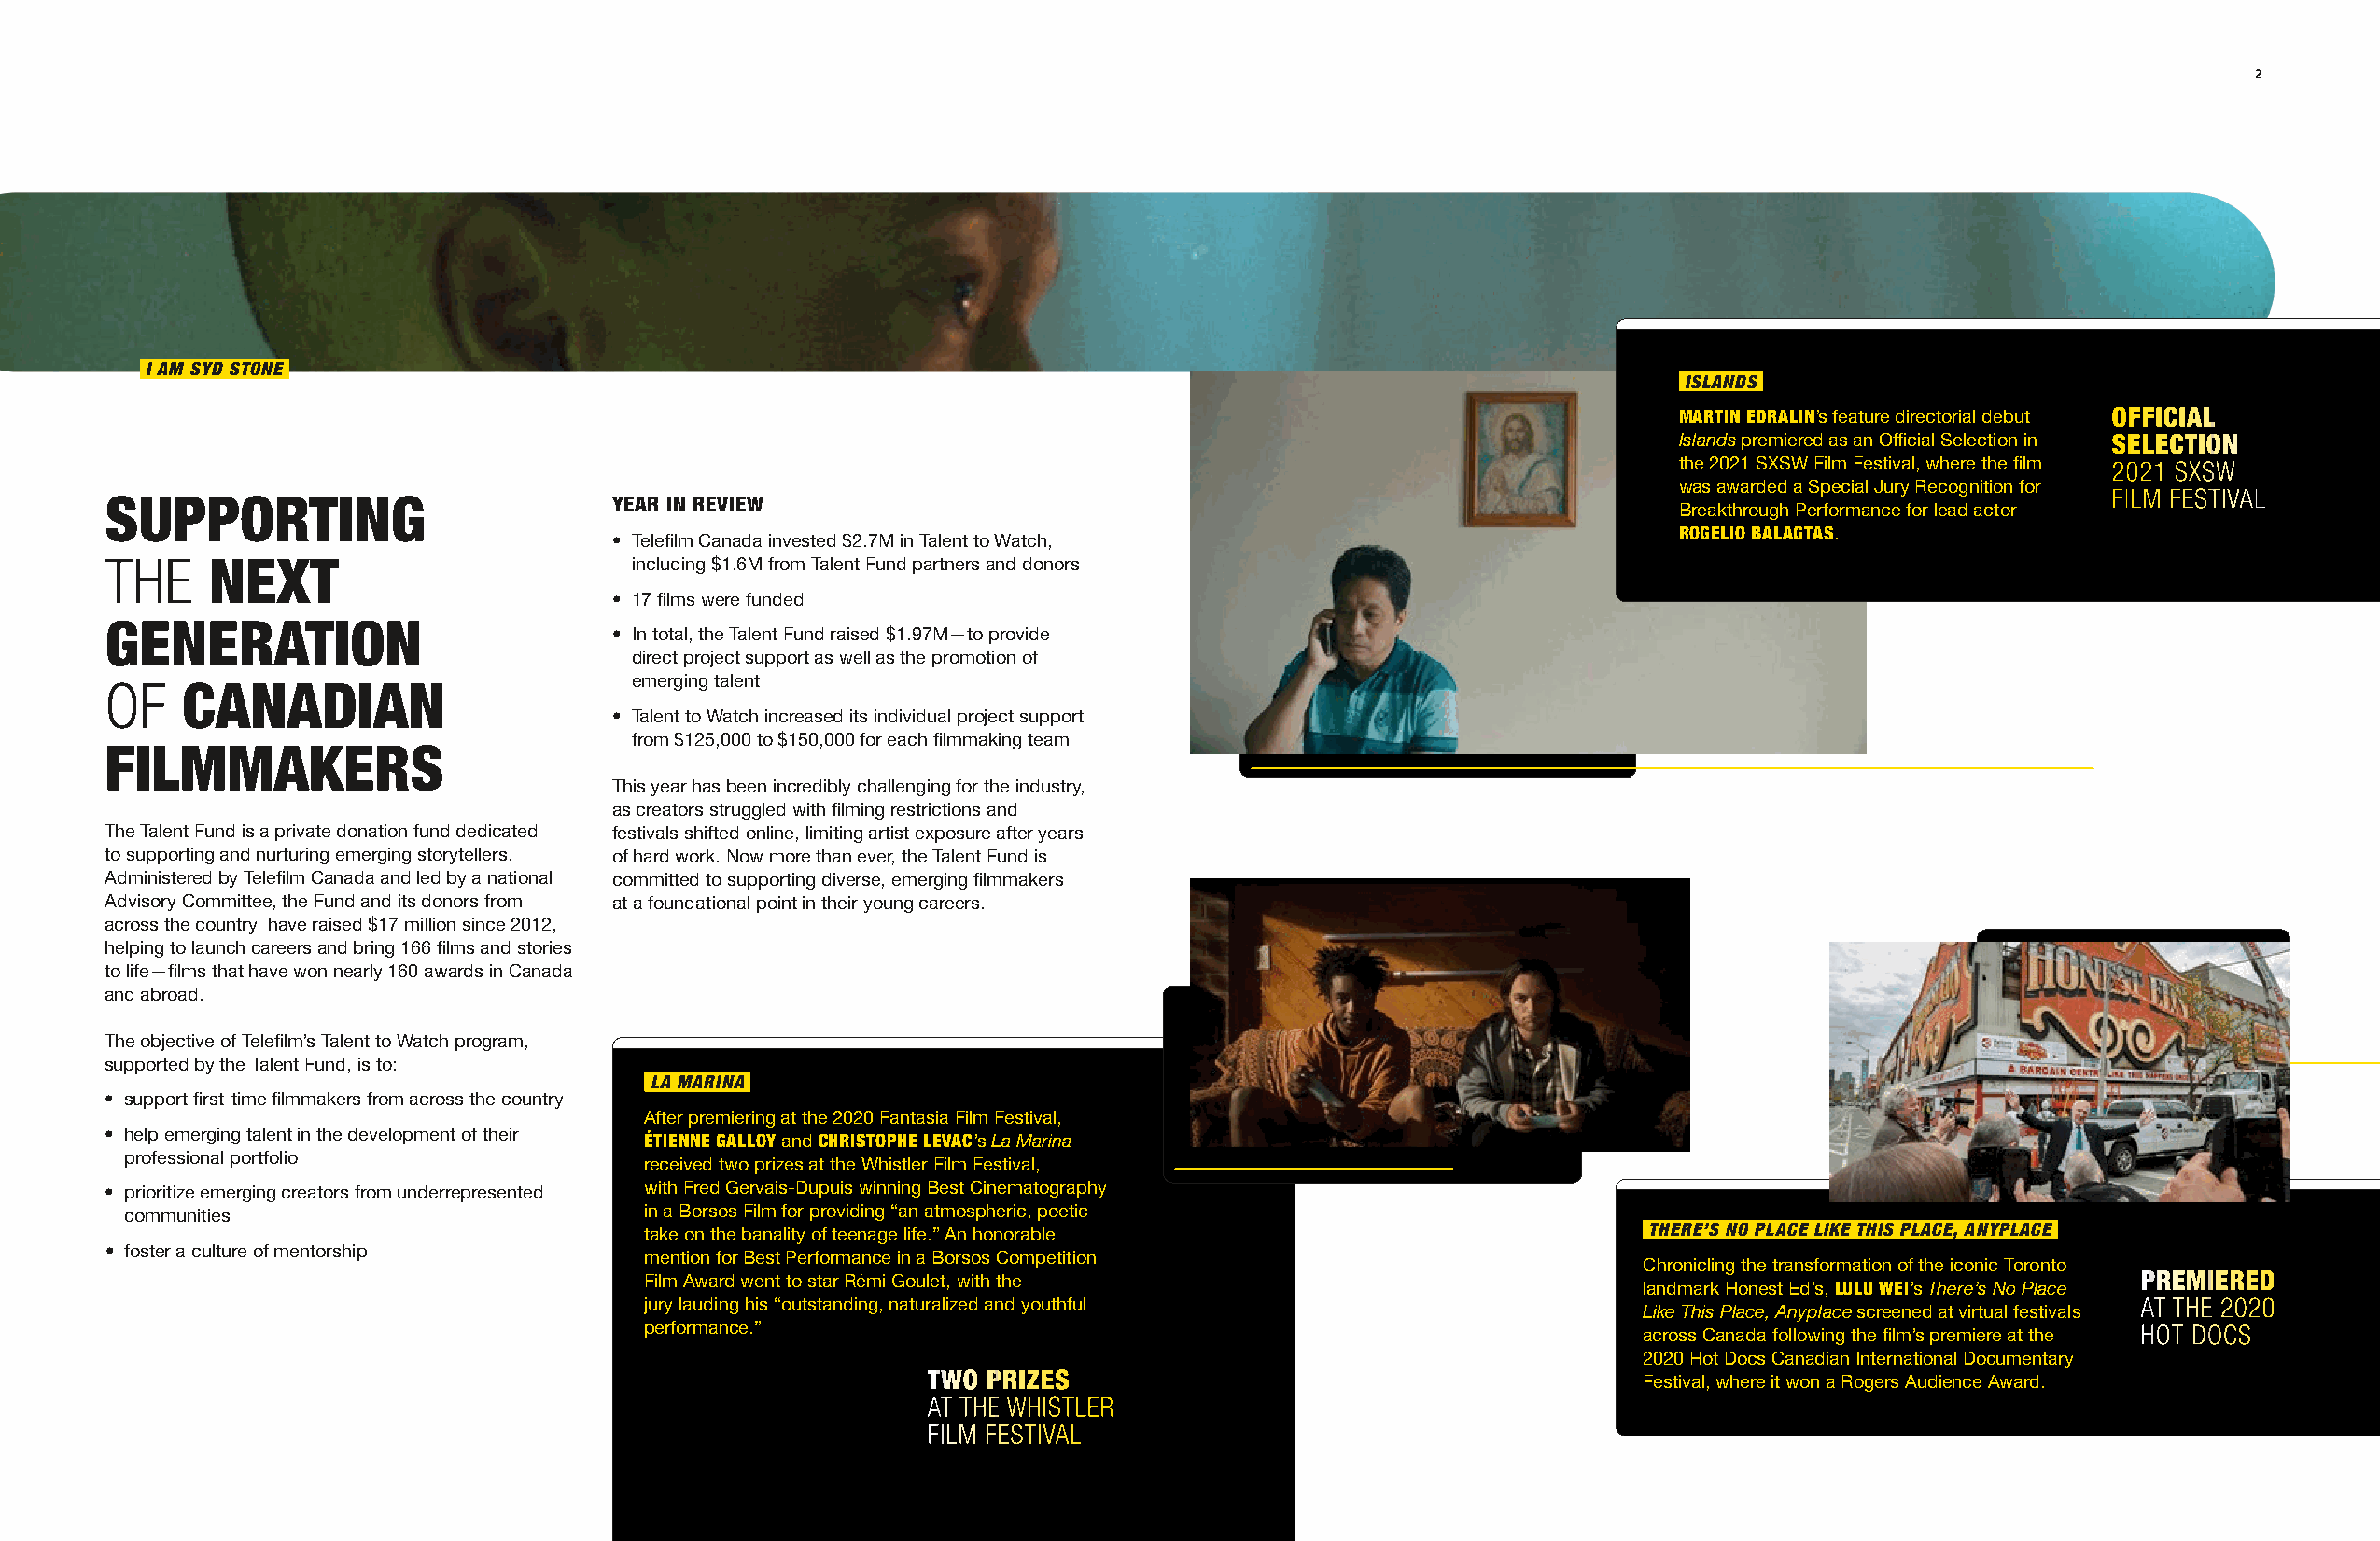
2
 I AM SYD STONE
 ISLANDS
 MARTIN EDRALIN’s feature directorial debut OFFICIAL
 Islands premiered as an Official Selection in SELECTION
 the 2021 SXSW Film Festival, where the film 2021 SXSW
 was awarded a Special Jury Recognition for
 FILM FESTIVAL
 SUPPORTING                          YEAR IN REVIEW
 Breakthrough Performance for lead actor
 ROGELIO BALAGTAS.
 • Telefilm Canada invested $2.7M in Talent to Watch,
 THE     NEXT                          including $1.6M from Talent Fund partners and donors
 • 17 films were funded
 GENERATION
 • In total, the Talent Fund raised $1.97M—to provide
 direct project support as well as the promotion of
 OF    CANADIAN                        emerging talent
 • Talent to Watch increased its individual project support
 from $125,000 to $150,000 for each filmmaking team
 FILMMAKERS
 This year has been incredibly challenging for the industry,
 as creators struggled with filming restrictions and
 The Talent Fund is a private donation fund dedicated festivals shifted online, limiting artist exposure after years
 to supporting and nurturing emerging storytellers. of hard work. Now more than ever, the Talent Fund is
 Administered by Telefilm Canada and led by a national committed to supporting diverse, emerging filmmakers
 Advisory Committee, the Fund and its donors from at a foundational point in their young careers.
 across the country have raised $17 million since 2012,
 helping to launch careers and bring 166 films and stories
 to life—films that have won nearly 160 awards in Canada
 and abroad.
 The objective of Telefilm’s Talent to Watch program,
 supported by the Talent Fund, is to:
 LA MARINA
 • support first-time filmmakers from across the country
 After premiering at the 2020 Fantasia Film Festival,
 • help emerging talent in the development of their
 ÉTIENNE GALLOY and CHRISTOPHE LEVAC’s La Marina
 professional portfolio
 received two prizes at the Whistler Film Festival,
 • prioritize emerging creators from underrepresented with Fred Gervais-Dupuis winning Best Cinematography
 communities                          in a Borsos Film for providing “an atmospheric, poetic
 take on the banality of teenage life.” An honorable                    THERE’S NO PLACE LIKE THIS PLACE, ANYPLACE
 • foster a culture of mentorship
 mention for Best Performance in a Borsos Competition
 Chronicling the transformation of the iconic Toronto
 Film Award went to star Rémi Goulet, with the                                                             PREMIERED
 landmark Honest Ed’s, LULU WEI’s There’s No Place
 jury lauding his “outstanding, naturalized and youthful                                                   AT THE 2020
 Like This Place, Anyplace screened at virtual festivals
 performance.”                                                          across Canada following the film’s premiere at the HOT DOCS
 2020 Hot Docs Canadian International Documentary
 TWO PRIZES                                         Festival, where it won a Rogers Audience Award.
 AT THE WHISTLER
 FILM FESTIVAL